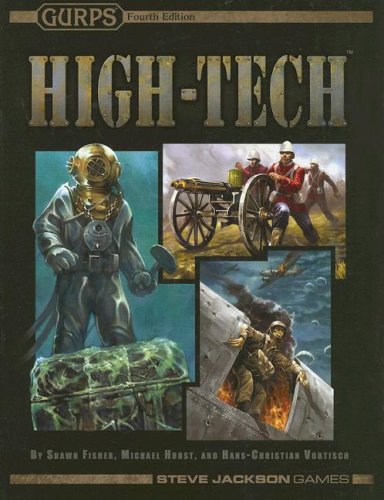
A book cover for Gurps High-Tech; Hans-Christian Vortisch; Science Fiction & Fantasy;